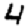
Digit: 4